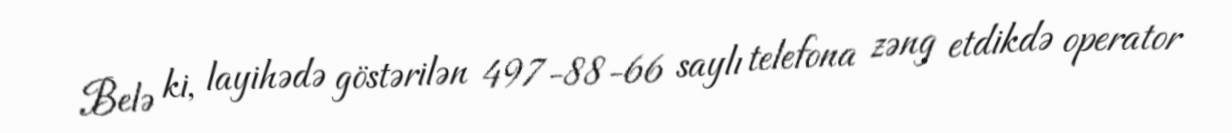
Belə ki, layihədə göstərilən 497-88-66 saylı telefona zəng etdikdə operator